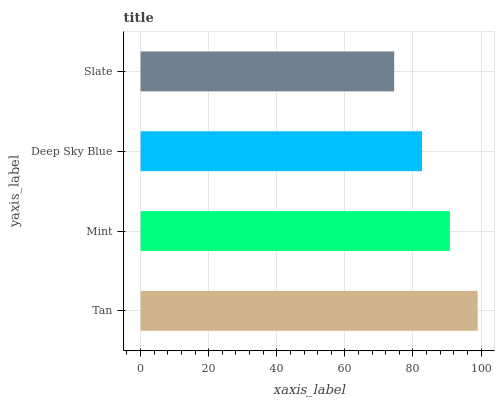
| yaxis_label | bars |
 | --- | --- |
 | Tan | 99 |
 | Mint | 90.8 |
 | Deep Sky Blue | 82.7 |
 | Slate | 74.5 |